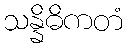
သန္နိဓိကတံ